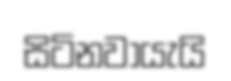
සිටිනවායැයි